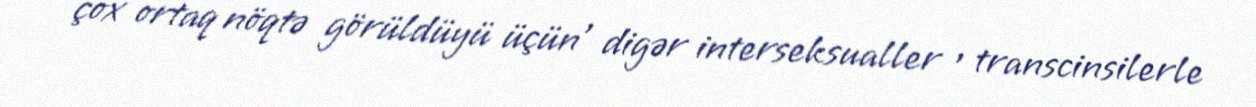
çox ortaq nöqtə görüldüyü üçün , digər interseksualler , transcinsilerle